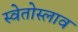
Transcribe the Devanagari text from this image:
स्वेतोस्लाव